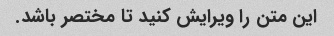
این متن را ویرایش کنید تا مختصر باشد.